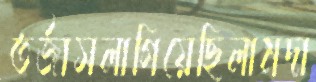
তর্জাসলাগিয়েছিলামদা